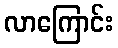
လာကြောင်း